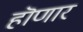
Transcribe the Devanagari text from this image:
हॊणार